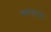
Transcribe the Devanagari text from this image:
चगताय